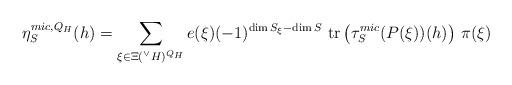
LaTeX: \begin{align*} \eta_{S}^{mic,Q_{H}}(h) = \sum_{\xi \in \Xi({^\vee}H)^{Q_{H}}} e(\xi)(-1)^{\dim S_{\xi} - \dim S }\ \mathrm{tr}\left( \tau_{S}^{mic}(P(\xi))(h)\right) \, \pi(\xi)\end{align*}